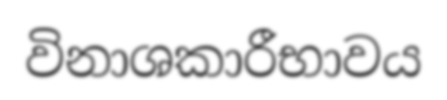
විනාශකාරීභාවය